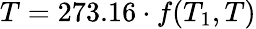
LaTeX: T=273.16\cdot f(T_{1},T)